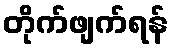
တိုက်ဖျက်ရန်